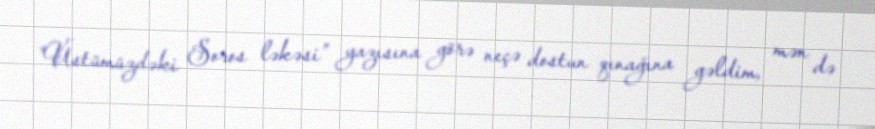
“Üstümüzdəki Soros ləkəsi” yazısına görə neçə dostun qınağına gəldim, mən də